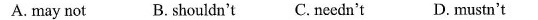
A. may not B. shouldn't C.needn't D. mustn't